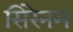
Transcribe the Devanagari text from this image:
सिरेनम